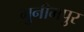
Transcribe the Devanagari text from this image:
मुनीमपुर